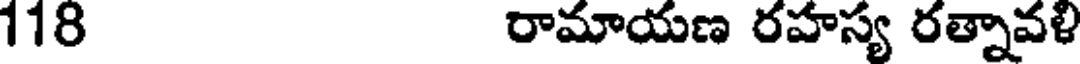
118 రామాయణ రహస్య రత్నావళి